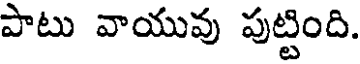
పాటు వాయువు పుట్టింది.